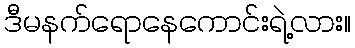
ဒီမနက်ရောနေကောင်းရဲ့လား။